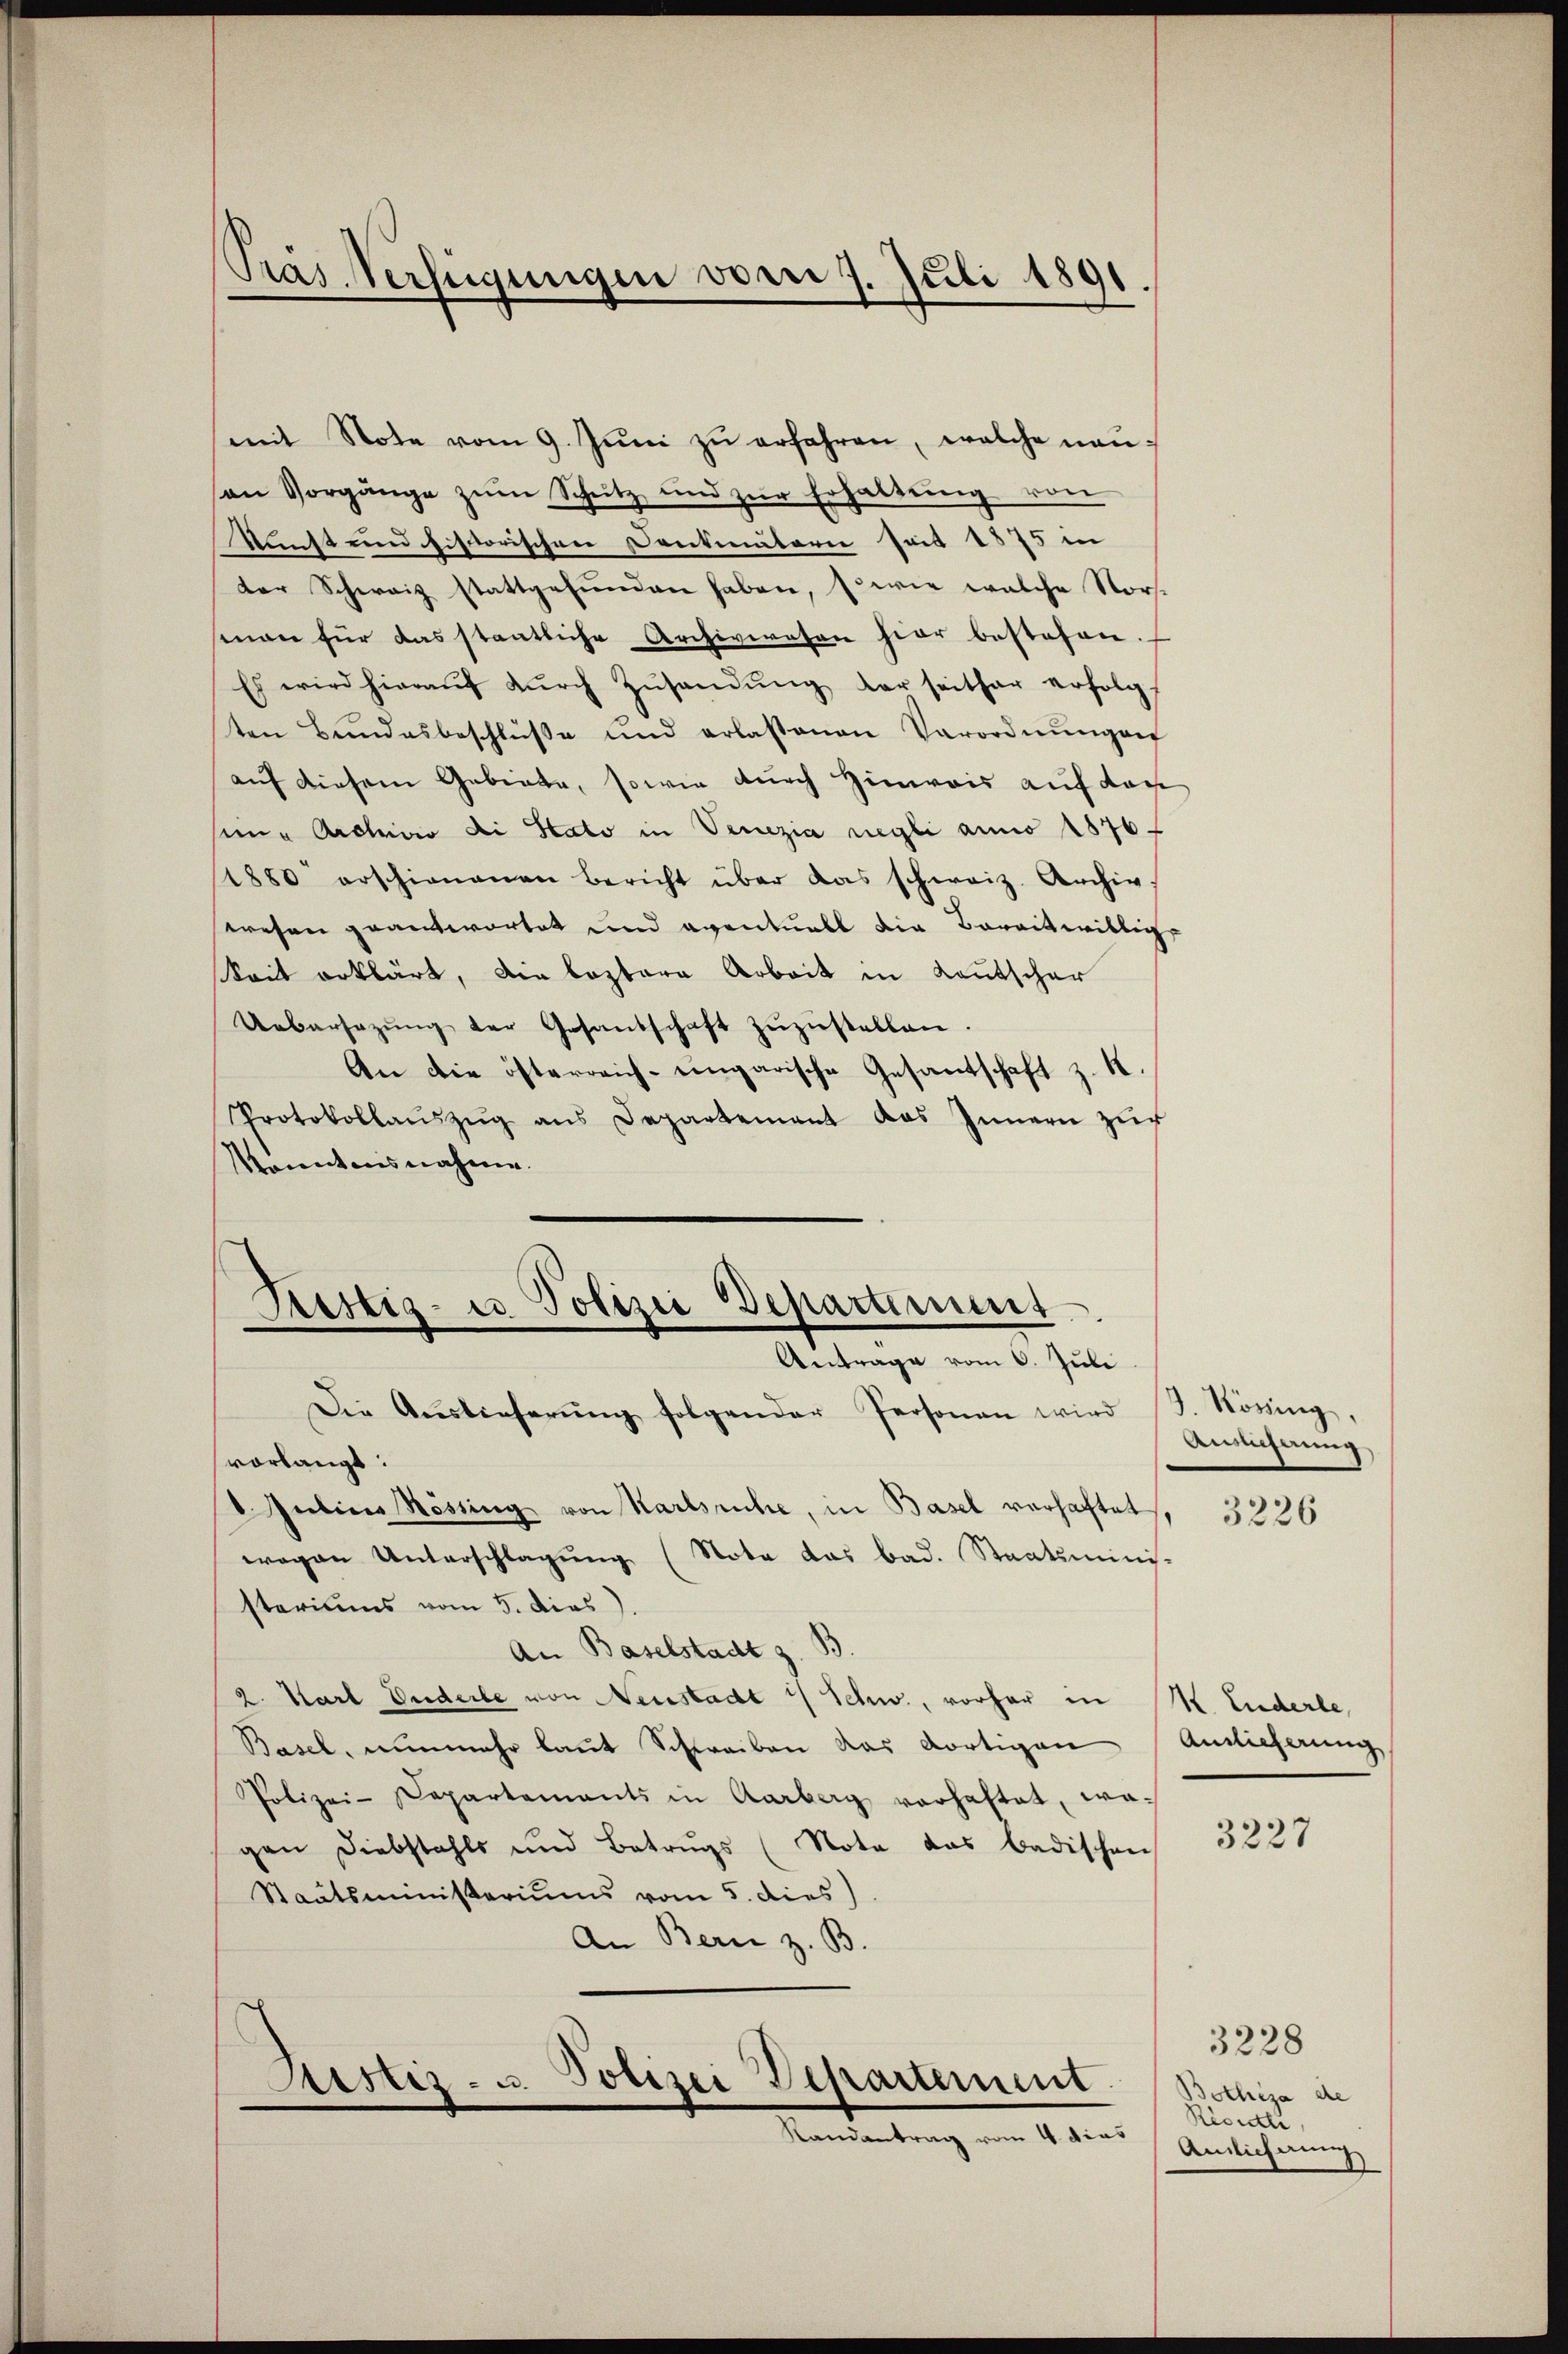
Präs. Verfügungen vom 7. Juli 1891.

mit Note vom 9. Jŭni zŭ erfahren, welche neuon Vorgänge zŭm Schütz und zŭr Erhaltŭng von
Kust und historischen Dontmaterii seit 1875 in
der Schweiz stattgefunden haben, so wie welche Norsman für das staatliche Archiverosen hier bestehen.
Es wird hieraŭf dŭrch Zŭsandŭng der seither erfolg
ten Bundesbeschlüße und erlassenen Verordnŭngen
auf diesem Gebiete, sowie durch Hinweis auf den
nn Archivio di Stato in Venezia negli anno 1876 f
1880 erschienenen Bericht über das schweiz. Archiv,
wesen geantwortet und eventuell die Bereitwillig
Seit erklärt, die leztere Arbeit in Kautscher
Uebersezŭng der Gesandschaft zŭzŭstellen.
An die österreich-ungarische Gesantschaft z. K.
Protokollaŭszŭg ans Departement das Innern zŭr
Konntensnahme.

Tustiz- u Polizei Departiment
Antrage vom 6. Juli

Die Aŭslieferŭng folgender Personen wird (S. Köning,
vorlangt:
d. Julius Rössing von Karlsruhe, in Basel verhaftet,
wegen Unterschlagung (Nota das bad. Staatsminis-
steriums vom 5. dies
An Baselstadt z. B
2. Karl Puderle von Neustadt 1/ Schw., vorher in M. Enderle
Basel, nunmehr laut Schreiben das dortigen Auslieferung
Polizei-Departements in Aarberg vorhaftet, wogen Diebstahls und Betrugs (Nota das badischen
Staatsministeriums vom 5. dies
An Bern z. B.

Sistiz- u. Polizei Departement.
Randantrag vom 4. Mias

Auslichung

3226

3227

3228
Bothea de
Rioidli,
Ansicherung